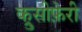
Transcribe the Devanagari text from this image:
क्रुसीफ़ेरी